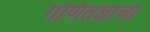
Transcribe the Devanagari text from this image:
गणितज्ञाचा